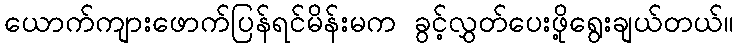
ယောက်ကျားဖောက်ပြန်ရင်မိန်းမက ခွင့်လွှတ်ပေးဖို့ရွေးချယ်တယ်။